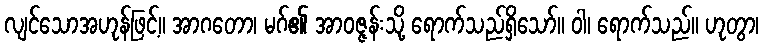
လျင်သောအဟုန်ဖြင့်။ အာဂတော၊ မဂ်၏ အာဝဇ္ဇန်းသို့ ရောက်သည်ရှိသော်။ ဝါ၊ ရောက်သည်။ ဟုတွာ၊